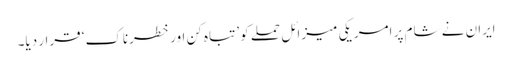
ایران نے شام پر امریکی میزائل حملے کو ’تباہ کن اور خطرناک‘ قرار دیا۔